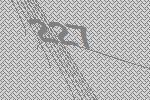
227